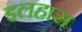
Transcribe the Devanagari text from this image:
इलहास